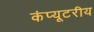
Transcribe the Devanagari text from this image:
कंप्यूटरीय